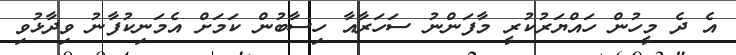
އެ ދެ މީހުން ހައްޔަރުކުރީ މާފަންނު ސަހަރާއާ ހިސާބުން ކަމަށް އެމަނިކުފާނު ވިދާޅުވި